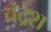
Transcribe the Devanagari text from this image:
चंद्रेश